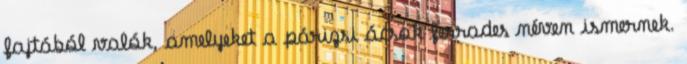
fajtából valók, amelyeket a párizsi ácsok ferrades néven ismernek.